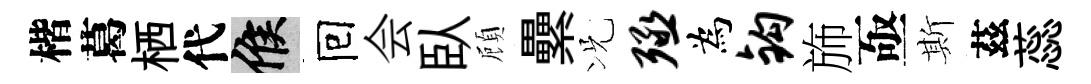
楷葛栖代候囘会臥頋纍况殛為钩斾亟斯茲蕊